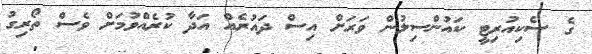
ގެ ސެކިއުރިޓީ ކައުންސިލުން ވަރަށް އިސް ދައުރެއް އަދާ ކުރެއްވުމަށް ވެސް ތޯރިގު